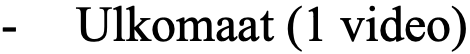
- Ulkomaat (1 video)